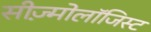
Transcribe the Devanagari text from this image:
सीज़्मोलॉजिस्ट